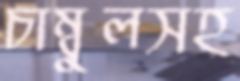
চাম্বুলসহ